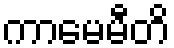
ကာမေမီတိ